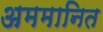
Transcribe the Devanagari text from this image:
अममानित